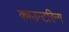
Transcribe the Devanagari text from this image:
काउन्टरिन्ग